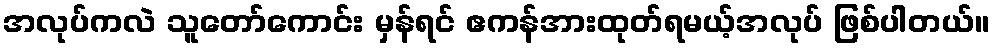
အလုပ်ကလဲ သူတော်ကောင်း မှန်ရင် ဧကန်အားထုတ်ရမယ့်အလုပ် ဖြစ်ပါတယ်။